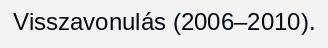
Visszavonulás (2006–2010).